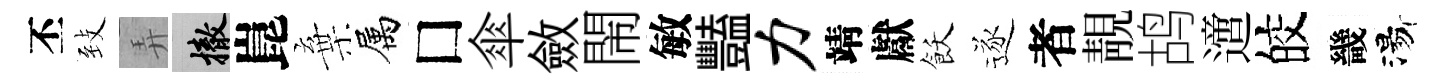
丕𦤺弄撤崑棄属□傘斂閙敏豔力靖獻飫逐者靚鸪𨗁皎畿湯